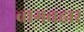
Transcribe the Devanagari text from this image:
बागबहार